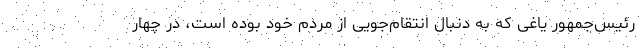
رئیس‌جمهور یاغی که به دنبال انتقام‌جویی از مردم خود بوده است، در چهار